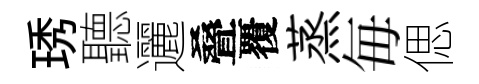
琇聽邐叠覆蒸毎偲